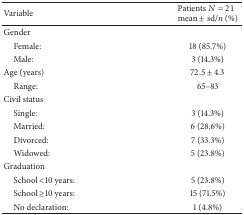
<table><thead><tr><td><b>Variable</b></td><td><b>Patients <i>N</i> = 21mean ± sd/<i>n</i> (%)</b></td></tr></thead><tbody><tr><td>Gender</td><td> </td></tr><tr><td> Female:</td><td>18 (85.7%)</td></tr><tr><td> Male:</td><td>3 (14.3%)</td></tr><tr><td>Age (years)</td><td>72.5 ± 4.3</td></tr><tr><td> Range:</td><td>65–83 </td></tr><tr><td>Civil status</td><td> </td></tr><tr><td> Single:</td><td>3 (14.3%)</td></tr><tr><td> Married:</td><td>6 (28.6%)</td></tr><tr><td> Divorced:</td><td>7 (33.3%)</td></tr><tr><td> Widowed:</td><td>5 (23.8%)</td></tr><tr><td>Graduation</td><td> </td></tr><tr><td> School &lt;10 years:</td><td>5 (23.8%)</td></tr><tr><td> School ≥10 years:</td><td>15 (71.5%)</td></tr><tr><td> No declaration:</td><td>1 (4.8%)</td></tr></tbody></table>